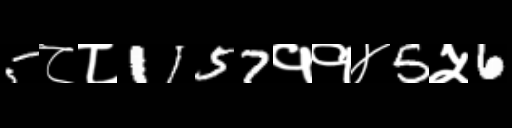
Text: 5८८1157११४5५6